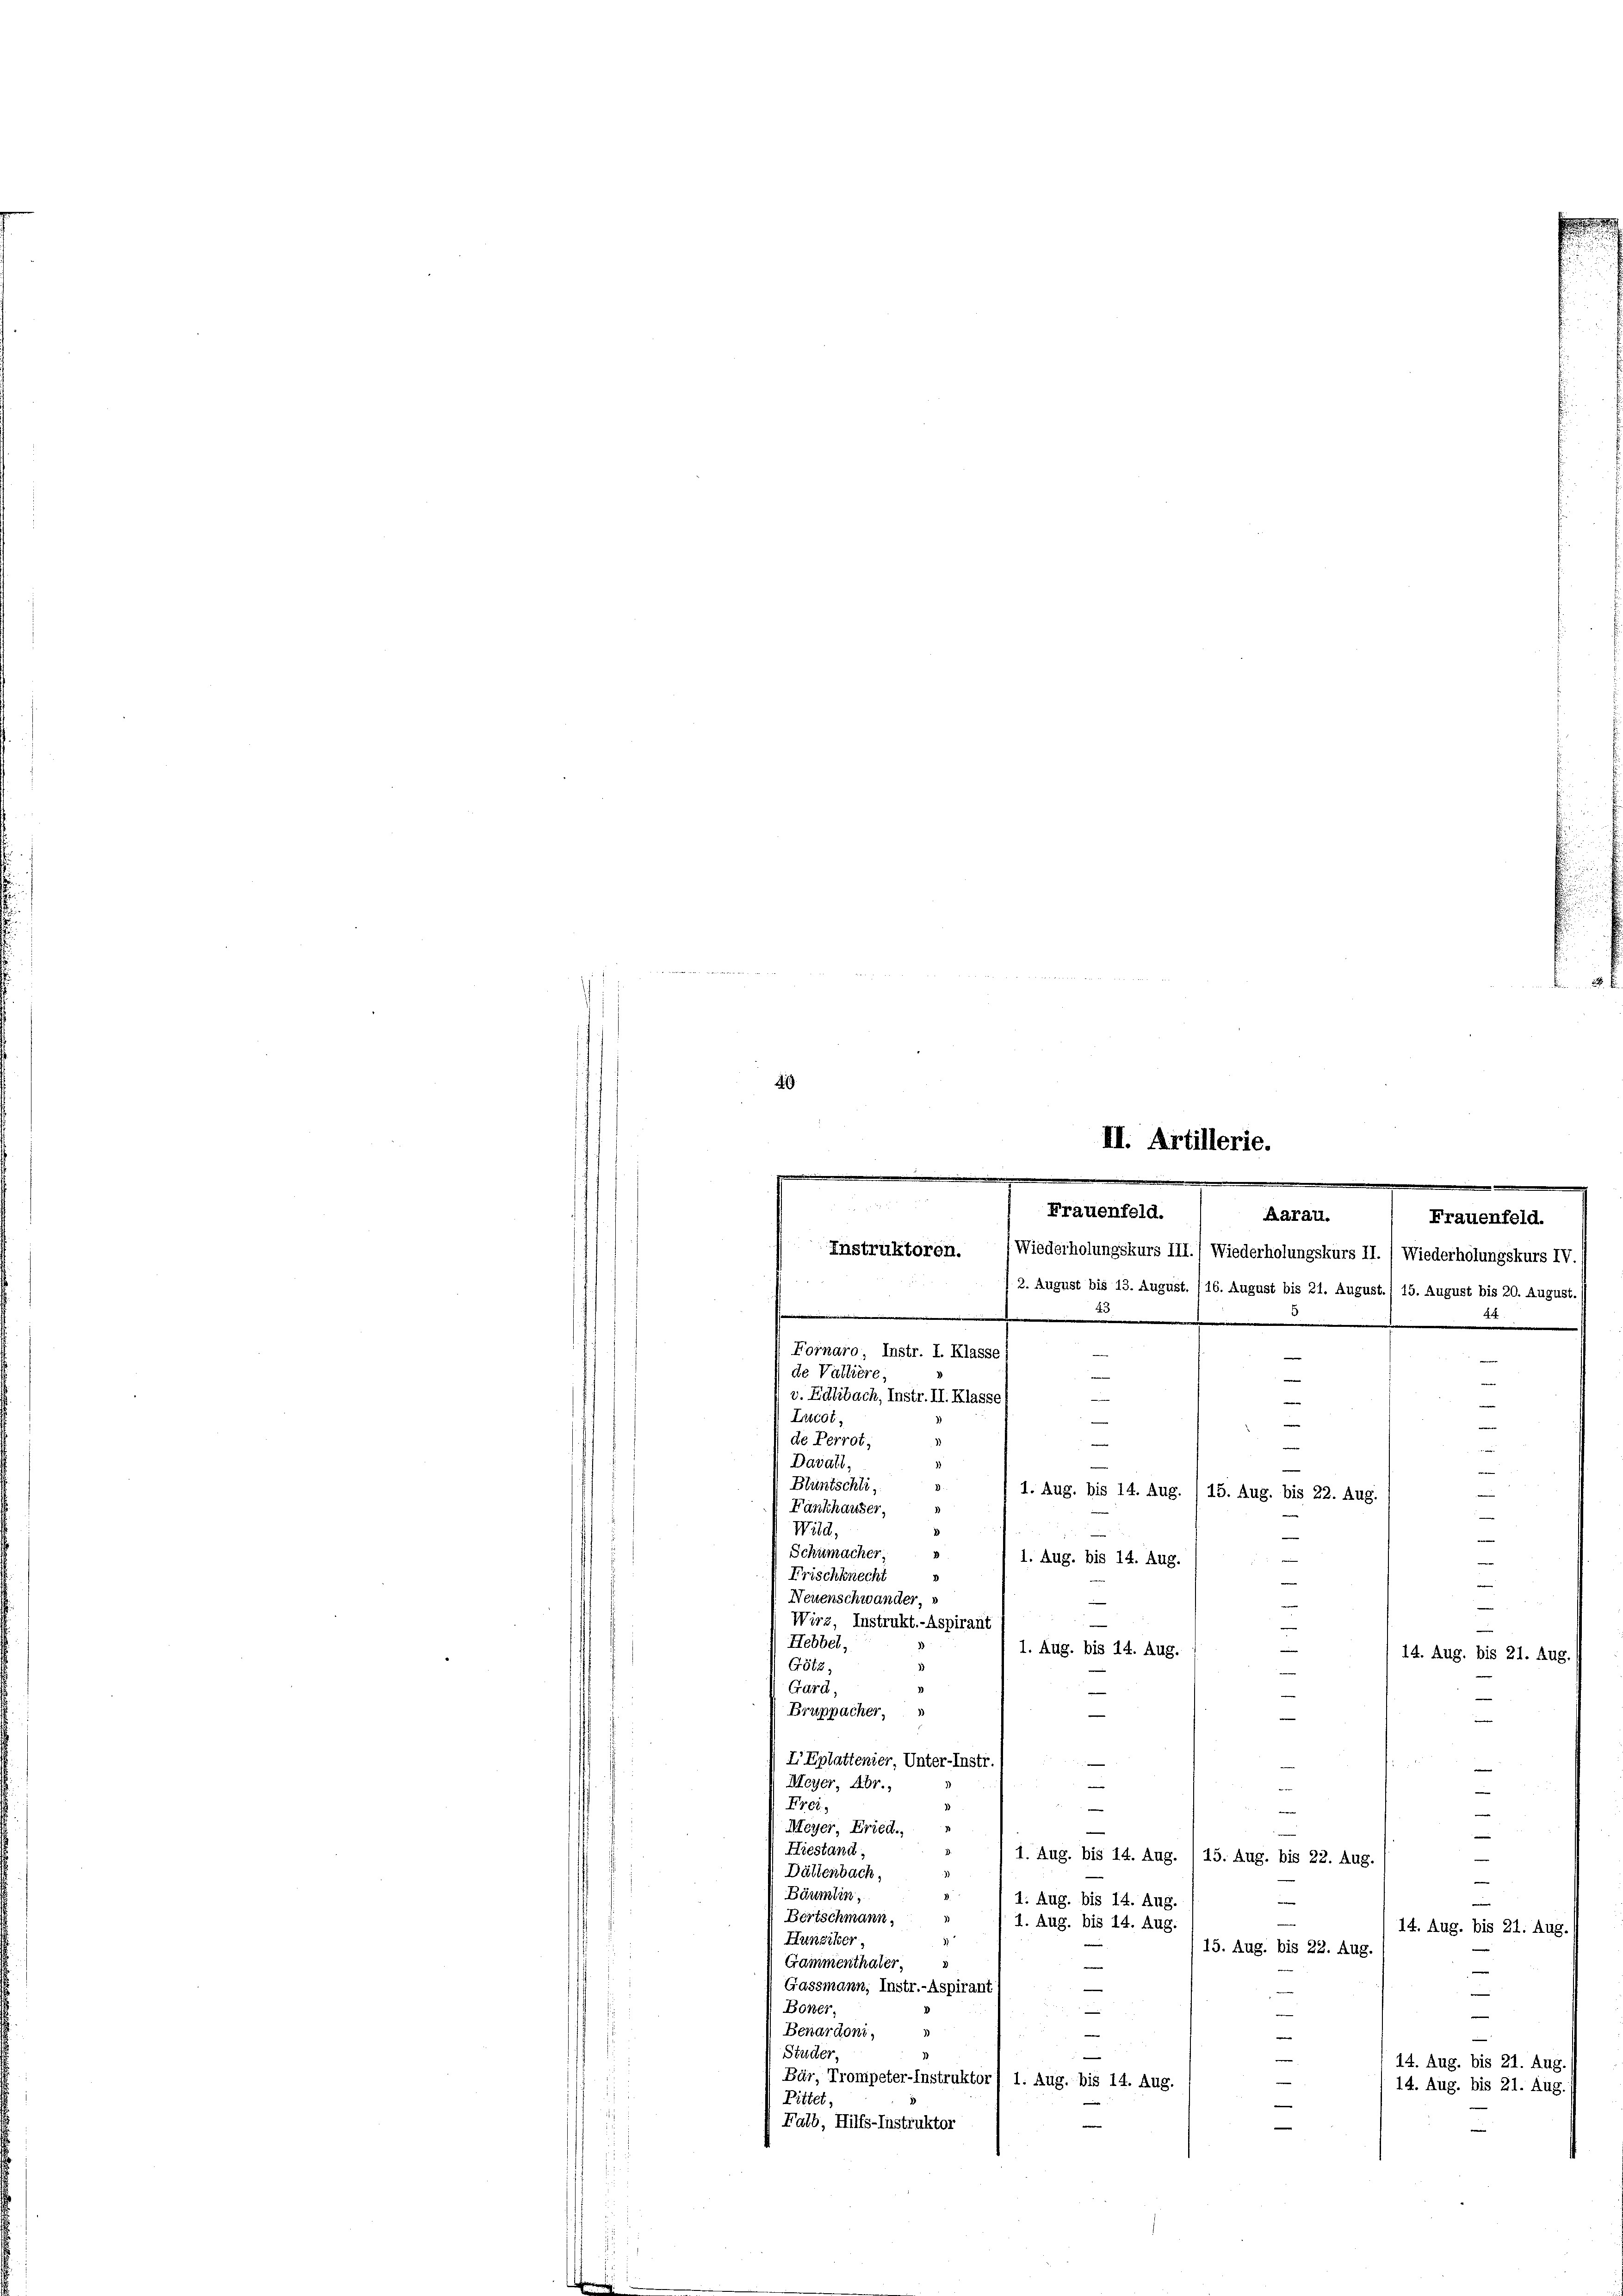
f
4
e

2. August bis 13. August. (16. August bis 21. August.) 15. August bis 20. August.
.
.
Fornaro Instr. I. Klasse
e
—
de Valliere,
v. Edlebach, Instr. II. Klasse
Lucot,
de Perrot;
Davall,
e
Bluntschli,
.
1. Aug. bis 14. Aug. / 15. Aug. bis 22. Aug.
e
d
Fankhauser,
¬
Wild.
e
¬
Schumacher
1. Aug. bis 14. Aug.
i
Frischknecht
Neuenschwander »
Wirz, Instrukt.- Aspirant
Hebbel,
1. Aug. bis 14. Aug.
14. Aug. bis 21. Aug.
Götz,
1
Gard,
e
|
Bruppacher,
—
e
I Eplattenier, Unter-Instr.

n
i
—
Meyer, Abr.,
e
Fre
e
e
Meyer, Fried.
.
Hiestand,
» 1 1. Aug. bis 14. Aug. 115. Aug. bis 22. Aug.
1
Dättenbach,
Bäumlin,
2.
1. Aug. bis 14. Aug
e
Bertschmann,
1. Aug. bis 14. Aug.
14. Aug. bis 21. Aug.
Hunziker,
15. Aug. bis 22. Aug
Grammenthaler,
e
—
Gassmann, Instr.-Aspirant
i
e
.
Boner.
—
e
Benardoni,
e
Studer,
e
14. Aug. bis 21. Aug.
Bär, Trompeter-Instruktor) 1. Aug. bis 14. Aug.
14. Aug. bis 21. Aug.
Pittet,
Falb, Hilfs-Instruktor

II. Artillerie.

Frauenfeld.
Aarau.
Frauenfeld.
Instruktoren.
Wiederholungskurs III.) Wiederholungskurs II. / Wiederholungskurs IV.

e

11